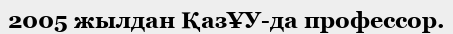
2005 жылдан ҚазҰУ-да профессор.